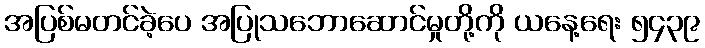
အပြစ်မတင်ခဲ့ပေ အပြုသဘောဆောင်မှုတို့ကို ယနေ့ရေး ၅၄၃၉